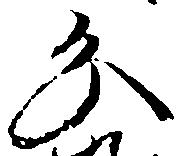
分